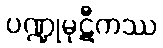
ပဏ္ဍုမုဋီကဿ